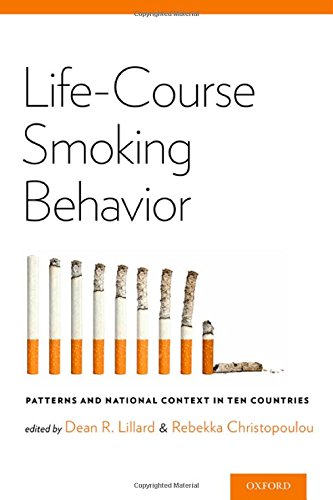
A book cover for Life-Course Smoking Behavior: Patterns and National Context in Ten Countries; Dean R. Lillard; Health, Fitness & Dieting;